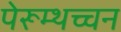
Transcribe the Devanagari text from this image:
पेरूम्थच्चन